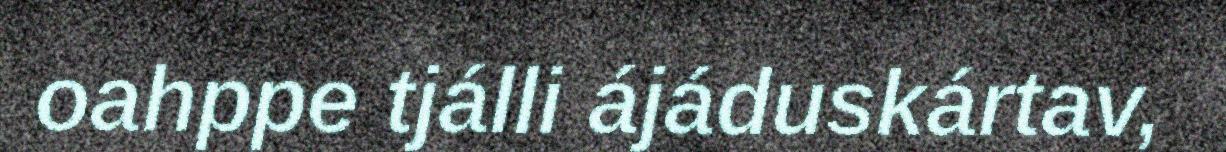
oahppe tjálli ájáduskártav,